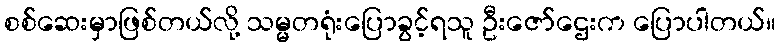
စစ်ဆေးမှာဖြစ်တယ်လို့ သမ္မတရုံးပြောခွင့်ရသူ ဦးဇော်ဌေးက ပြောပါတယ်။